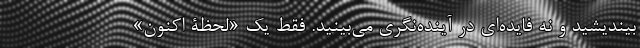
بیندیشید و نه فایده‌ای در آینده‌نگری می‌بینید. فقط یک «لحظۀ اکنون»